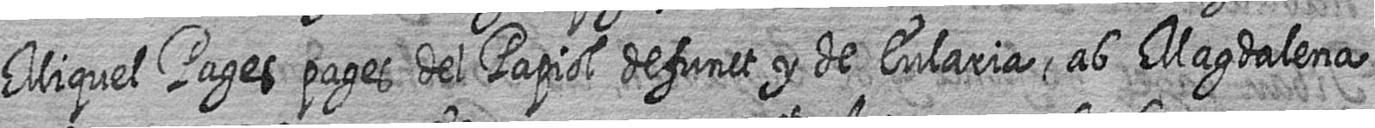
Miquel Pages pages del Papiol defunct y de Eularia ab Magdalena